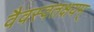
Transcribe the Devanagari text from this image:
वैवस्वतक्षयम्